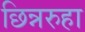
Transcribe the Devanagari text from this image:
छिन्नरुहा